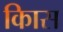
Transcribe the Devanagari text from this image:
किास